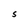
Character: S